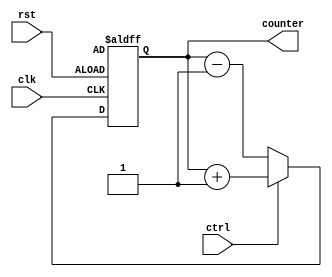
module up_down_counter (
    input wire clk,
    input wire rst,
    input wire ctrl,
    output reg [7:0] counter
);

reg [7:0] initial_value;

always @(posedge clk or posedge rst) begin
    if (rst) begin
        counter <= initial_value;
    end else begin
        if (ctrl) begin
            counter <= counter + 1; // Count up
        end else begin
            counter <= counter - 1; // Count down
        end
    end
end

endmodule